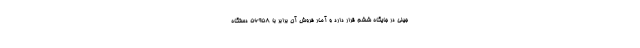
جیلی در جایگاه ششم قرار دارد و آمار فروش آن برابر با 56958 دستگاه